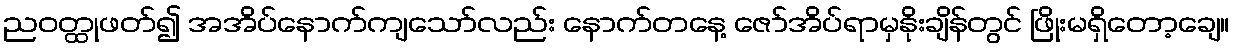
ညဝတ္ထုဖတ်၍ အအိပ်နောက်ကျသော်လည်း နောက်တနေ့ ဇော်အိပ်ရာမှနိုးချိန်တွင် ဖြိုးမရှိတော့ချေ။